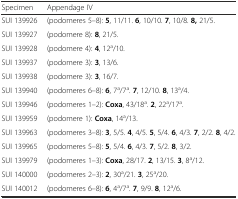
<table><thead><tr><td><b>Specimen</b></td><td><b>Appendage IV</b></td></tr></thead><tbody><tr><td>SUI 139926</td><td>(podomeres 5–8): <b>5</b>, 11/11. <b>6</b>, 10/10. <b>7</b>, 10/8. <b>8,</b> 21/5.</td></tr><tr><td>SUI 139927</td><td>(podomere 8): <b>8</b>, 21/5.</td></tr><tr><td>SUI 139928</td><td>(podomere 4): <b>4</b>, 12<sup>a</sup>/10.</td></tr><tr><td>SUI 139937</td><td>(podomere 3): <b>3</b>, 13/6.</td></tr><tr><td>SUI 139938</td><td>(podomere 3): <b>3</b>, 16/7.</td></tr><tr><td>SUI 139940</td><td>(podomeres 6–8): <b>6</b>, 7<sup>a</sup>/7<sup>a</sup>. <b>7</b>, 12/10. <b>8</b>, 13<sup>a</sup>/4.</td></tr><tr><td>SUI 139946</td><td>(podomeres 1–2): <b>Coxa</b>, 43/18<sup>a</sup>. <b>2</b>, 22<sup>a</sup>/17<sup>a</sup>.</td></tr><tr><td>SUI 139959</td><td>(podomere 1): <b>Coxa</b>, 14<sup>a</sup>/13.</td></tr><tr><td>SUI 139963</td><td>(podomeres 3–8): <b>3</b>, 5/5. <b>4</b>, 4/5. <b>5</b>, 5/4. <b>6</b>, 4/3. <b>7</b>, 2/2. <b>8</b>, 4/2.</td></tr><tr><td>SUI 139965</td><td>(podomeres 5–8): <b>5</b>, 5/4. <b>6</b>, 4/3. <b>7</b>, 5/2. <b>8</b>, 3/2.</td></tr><tr><td>SUI 139979</td><td>(podomeres 1–3): <b>Coxa</b>, 28/17. <b>2</b>, 13/15. <b>3</b>, 8<sup>a</sup>/12.</td></tr><tr><td>SUI 140000</td><td>(podomeres 2–3): <b>2</b>, 30<sup>a</sup>/21. <b>3</b>, 25<sup>a</sup>/20.</td></tr><tr><td>SUI 140012</td><td>(podomeres 6–8): <b>6</b>, 4<sup>a</sup>/7<sup>a</sup>. <b>7</b>, 9/9. <b>8</b>, 12<sup>a</sup>/6.</td></tr></tbody></table>